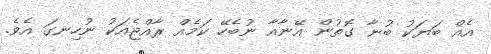
އެއް ބަޔަކު ބުނާ ގޮތުން އޭނާއާ ނުބެހޭ ކަމެއް ރާއްޖެއަކު ނުހިނގަ އެވެ.